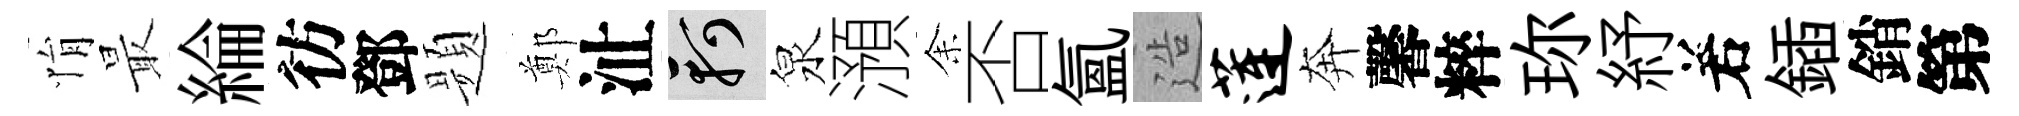
悁最綸彷鄧题鄭沚軻泉澦𪜬否氳造莲奔馨粹珎紓𠰥鍤銷第